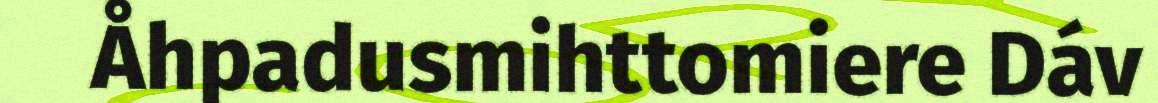
Åhpadusmihttomiere Dáv